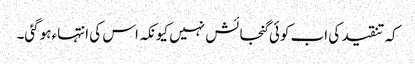
کہ تنقید کی اب کوئی گنجائش نہیں کیونکہ اس کی انتہاء ہوگئی۔